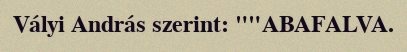
Vályi András szerint: ""ABAFALVA.